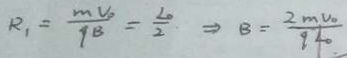
R _ { 1 } = \frac { m V _ { 0 } } { q B } = \frac { \angle 0 } { 2 } \Rightarrow B = \frac { 2 m v o } { 9 4 0 . }